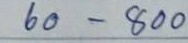
60 - 800